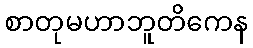
စာတုမဟာဘူတိကေန